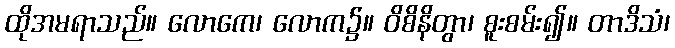
ထိုအမရာသည်။ လောကေ၊ လောက၌။ ဝိစိနိတွာ၊ စူးစမ်း၍။ တာဒိသံ၊